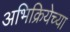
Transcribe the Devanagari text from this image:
अभिक्रियेच्या